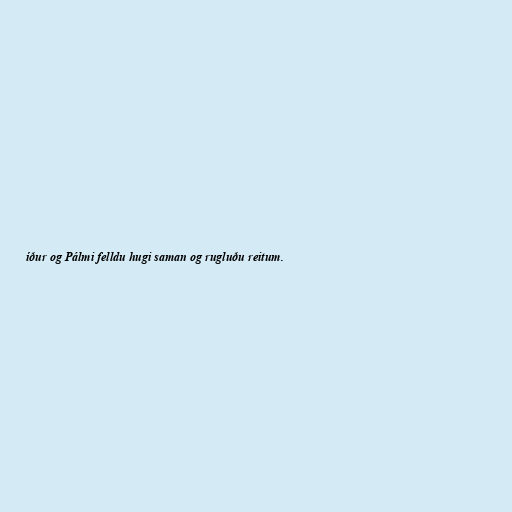
íður og Pálmi felldu hugi saman og rugluðu reitum.